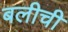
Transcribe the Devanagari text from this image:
बलीची